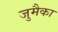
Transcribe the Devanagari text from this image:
जुमैका